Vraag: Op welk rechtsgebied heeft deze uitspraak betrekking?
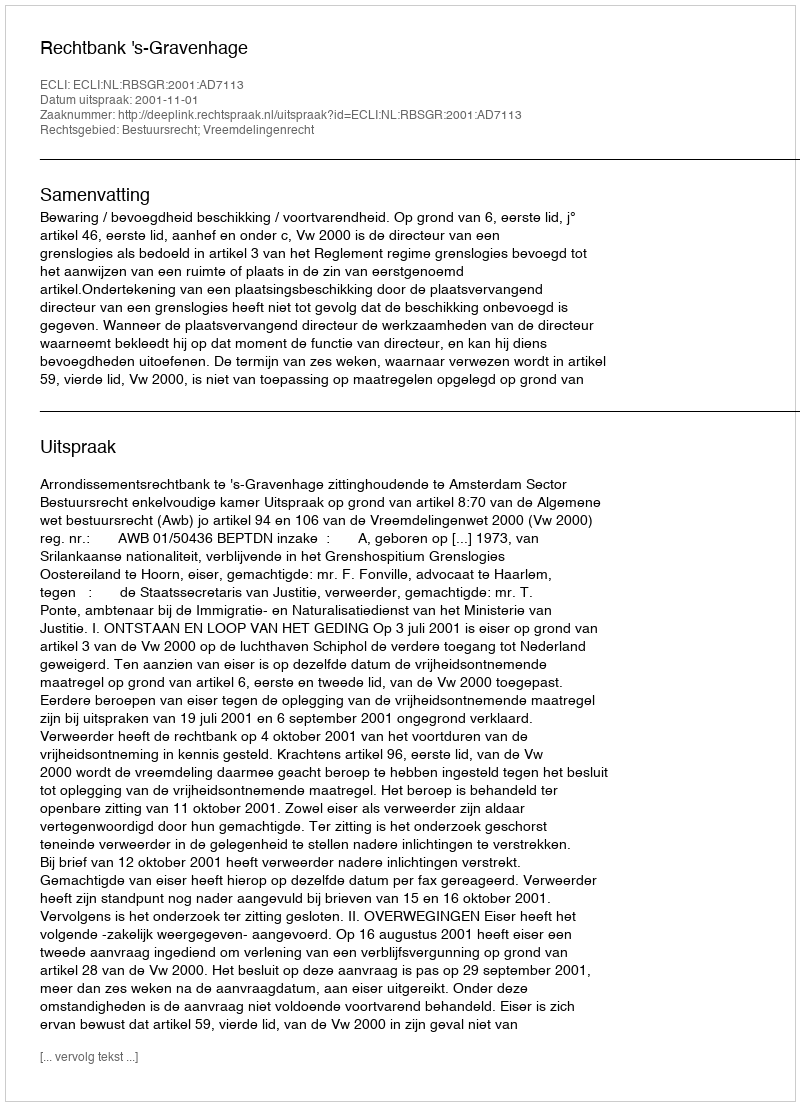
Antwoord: Bestuursrecht; Vreemdelingenrecht